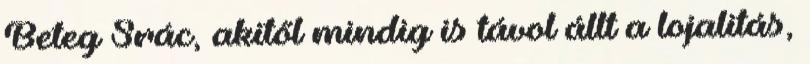
Beteg Srác, akitől mindig is távol állt a lojalitás,